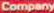
Company